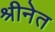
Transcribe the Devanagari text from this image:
श्रीनेत